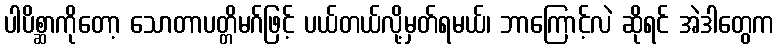
ပါပိစ္ဆာကိုတော့ သောတာပတ္တိမဂ်ဖြင့် ပယ်တယ်လို့မှတ်ရမယ်၊ ဘာကြောင့်လဲ ဆိုရင် အဲဒါတွေက